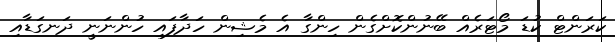
ކަރަންޓް ކުޑަ މޯޓަރެއް ބޭނުންކޮށްގެން ހިންގާ އެ މެޝިން ހަދާފައި ހުންނަނީ ދަނގަޑާއި